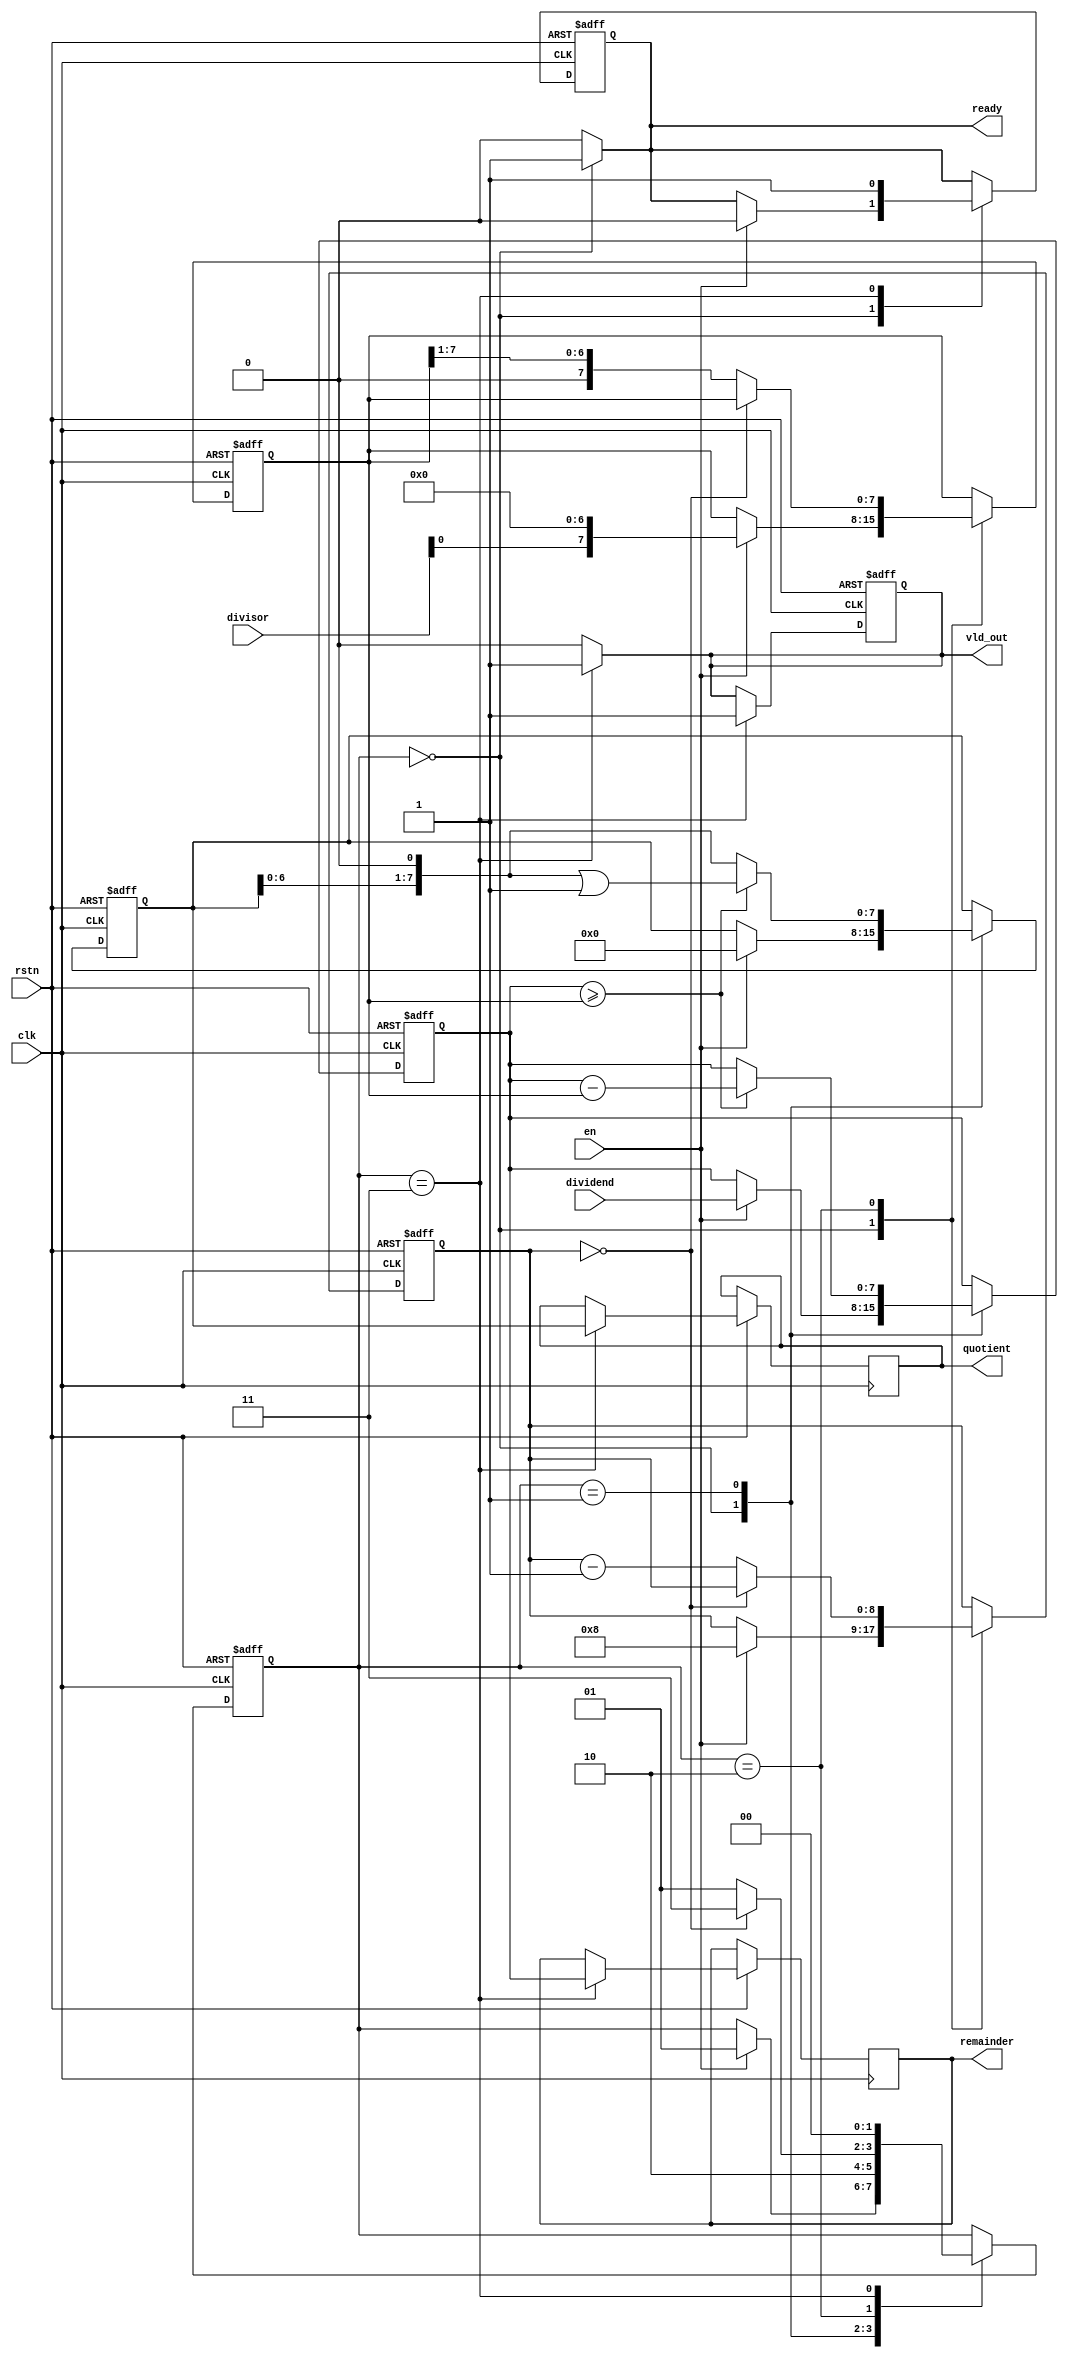
module radix2_div #(
    parameter DATAWIDTH = 8
)(
    input wire clk,
    input wire rstn,
    input wire en,
    input wire [DATAWIDTH-1:0] dividend,
    input wire [DATAWIDTH-1:0] divisor,
    output reg ready,
    output reg [DATAWIDTH-1:0] quotient,
    output reg [DATAWIDTH-1:0] remainder,
    output reg vld_out
);

    // State declaration for the FSM
    localparam IDLE = 2'b00,
               SUB = 2'b01,
               SHIFT = 2'b10,
               DONE = 2'b11;

    // State registers
    reg [1:0] current_state, next_state;

    // Data registers
    reg [DATAWIDTH-1:0] dividend_e, divisor_e;
    reg [DATAWIDTH-1:0] quotient_e, remainder_e;
    reg [DATAWIDTH:0] count; // Extra bit for counting up to DATAWIDTH times

    // FSM and calculation logic
    always @(posedge clk or negedge rstn) begin
        if (!rstn) begin
            current_state <= IDLE;
            quotient_e <= 0;
            remainder_e <= 0;
            dividend_e <= 0;
            divisor_e <= 0;
            count <= 0;
            ready <= 1'b1;
            vld_out <= 1'b0;
        end else begin
            case (current_state)
                IDLE: begin
                    if (en) begin
                        dividend_e <= dividend;
                        divisor_e <= divisor << (DATAWIDTH-1); // Align divisor to the leftmost part
                        quotient_e <= 0;
                        remainder_e <= 0;
                        count <= DATAWIDTH; // Initialize the count
                        ready <= 1'b0;
                        current_state <= SUB;
                    end
                end
                SUB: begin
                    // Subtract the divisor from the dividend and check if it's non-negative
                    if (dividend_e >= divisor_e) begin
                        dividend_e <= dividend_e - divisor_e;
                        quotient_e <= (quotient_e << 1) | 1'b1; // Set the current quotient bit to 1
                    end else begin
                        quotient_e <= quotient_e << 1; // Set the current quotient bit to 0
                    end
                    current_state <= SHIFT;
                end
                SHIFT: begin
                    if (count == 0) begin
                        current_state <= DONE;
                    end else begin
                        divisor_e <= divisor_e >> 1; // Shift the divisor right
                        count <= count - 1; // Decrement the counter
                        current_state <= SUB;
                    end
                end
                DONE: begin
                    quotient <= quotient_e;
                    remainder <= dividend_e;
                    ready <= 1'b1;
                    vld_out <= 1'b1;
                    current_state <= IDLE;
                end
                default: current_state <= IDLE;
            endcase
        end
    end

    // Output assignments
    always @(*) begin
        case (current_state)
            IDLE: begin
                ready = 1'b1;
                vld_out = 1'b0;
            end
            DONE: begin
                ready = 1'b0;
                vld_out = 1'b1;
            end
            default: begin
                ready = 1'b0;
                vld_out = 1'b0;
            end
        endcase
    end

endmodule